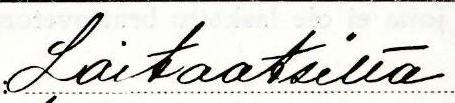
Laitaatsilta